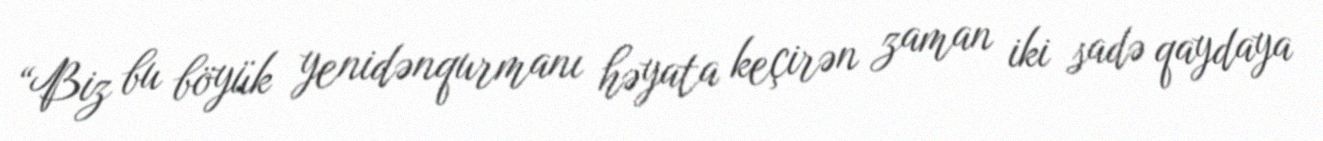
“Biz bu böyük yenidənqurmanı həyata keçirən zaman iki sadə qaydaya